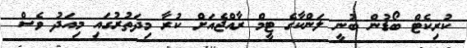
ކުރިކެޓް ބޯޑުން ބުނީ ލަންކާގެ ޓީމް ރާއްޖެއަށް ކުރާ މިދަތުރުގައި މިއަދު ވެސް